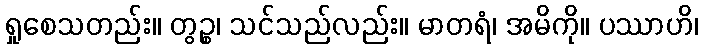
ရှုစေသတည်း။ တွဉ္စ၊ သင်သည်လည်း။ မာတရံ၊ အမိကို။ ပဿာဟိ၊